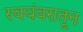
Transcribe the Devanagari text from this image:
स्वयंवरातून